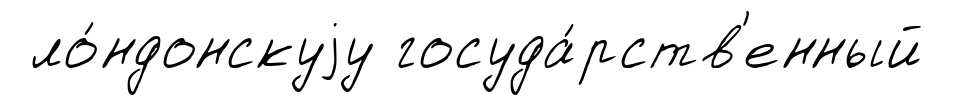
ло́ндонскуjу госуда́рств'енный